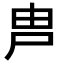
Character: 𡱋